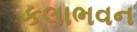
કલાભવન